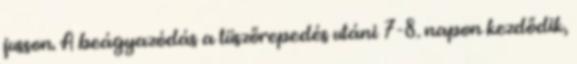
jusson. A beágyazódás a tüszőrepedés utáni 7-8. napon kezdődik,